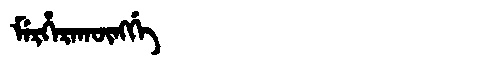
Manchu: ᠮᡝᡵᡥᡝᡵᠠᡴᡡᠩᡤᡝ
Romanization: MERHERAKŪNGGE